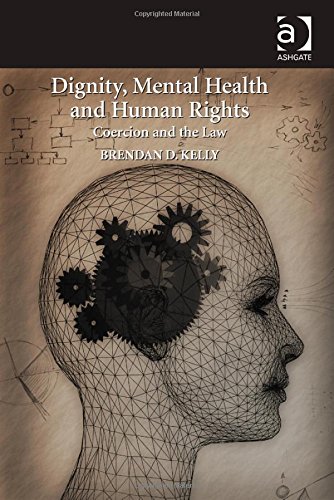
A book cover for Dignity, Mental Health and Human Rights: Coercion and the Law; Brendan D. Kelly; Law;